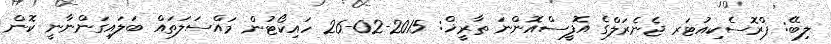
ލިބޭ: ޕްރޮސެކިއުޓަރ ޖެނެރަލްގެ އޮފީސްއޮންނަ ތާރީޚް: 2015-02-26 ހައިކޯޓުން މައްސަލަތައް ބަލައިގަންނާނީ ކޮން